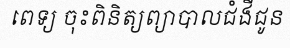
ពេទ្យ ចុះពិនិត្យព្យាបាលជំងឺជូន